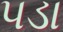
પડા